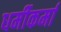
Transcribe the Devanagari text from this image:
धर्मीकर्मा